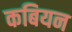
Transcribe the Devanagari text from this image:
कबियन